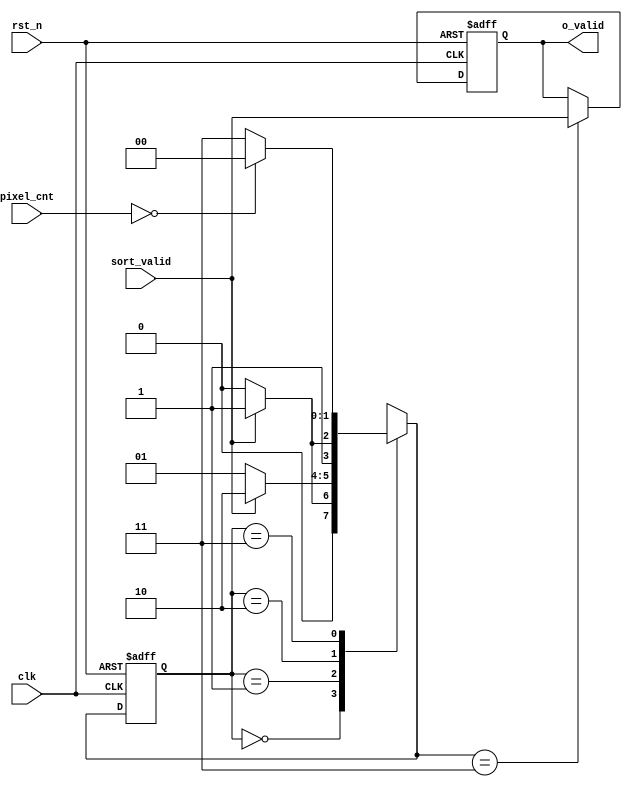
`timescale 1ns / 1ps
module sort_mxx(
    input clk,
    input rst_n,
    input sort_valid,
    input [15:0] pixel_cnt,
    output reg o_valid
    );
    
    localparam IDEL = 2'b00;
    localparam LOAD_1 = 2'b01;
    localparam LOAD_2 = 2'b10;
    localparam CALCU = 2'b11;
    
    reg [1:0] cs,ns;
    
    always@(posedge clk or negedge rst_n)begin
        if(!rst_n)
            cs <= IDEL;
        else
            cs <= ns;
    end
    
    always@(*)begin
        case(cs)
            IDEL:begin
                if(sort_valid)
                    ns = LOAD_1;
                else
                    ns = IDEL;
            end
            LOAD_1:begin
                if(sort_valid)
                    ns = LOAD_2;
                else
                    ns = LOAD_1;
            end
            LOAD_2:begin
                if(sort_valid)
                    ns = CALCU;
                else
                    ns = LOAD_2;
            end
            CALCU:begin
                if(pixel_cnt=='d0)
                    ns = IDEL;
                else
                    ns = CALCU;
            end
            default:ns=IDEL;
        endcase
    end
    
    always@(posedge clk or negedge rst_n)begin
        if(!rst_n)
            o_valid <= 1'b0;
        else if(ns == CALCU)
            o_valid <= sort_valid;
    end
endmodule